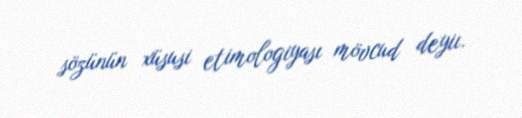
sözünün xüsusi etimologiyası mövcud deyiı.